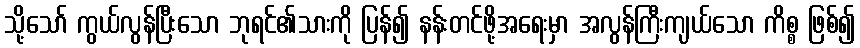
သို့သော် ကွယ်လွန်ပြီးသော ဘုရင်၏သားကို ပြန်၍ နန်းတင်ဖို့အရေးမှာ အလွန်ကြီးကျယ်သော ကိစ္စ ဖြစ်၍